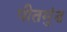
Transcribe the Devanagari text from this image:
पीतमुंड